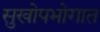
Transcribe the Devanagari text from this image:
सुखोपभोगात